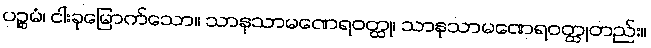
ပဉ္စမံ၊ ငါးခုမြောက်သော။ သာနုသာမဏေရဝတ္ထု၊ သာနုသာမဏေရဝတ္ထုတည်း။